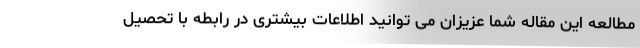
مطالعه این مقاله شما عزیزان می توانید اطلاعات بیشتری در رابطه با تحصیل